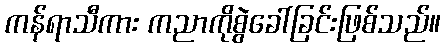
ကန်ရာသီကား ကညာကိုစွဲခေါ်ခြင်းဖြစ်သည်။